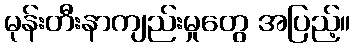
မုန်းတီးနာကျည်းမှုတွေ အပြည့်။